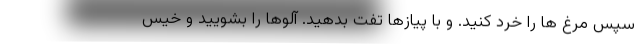
سپس مرغ ها را خرد کنید. و با پیازها تفت بدهید. آلوها را بشویید و خیس